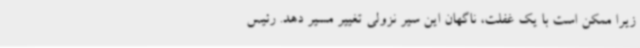
زیرا ممکن است با یک غفلت، ناگهان این سیر نزولی تغییر مسیر دهد. رئیس